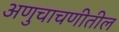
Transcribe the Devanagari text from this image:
अणुचाचणीतील